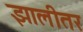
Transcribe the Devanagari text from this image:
झालीतर